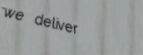
we deliver